Document type: Inventory
Year: 1295
Scribe: Pere Marc
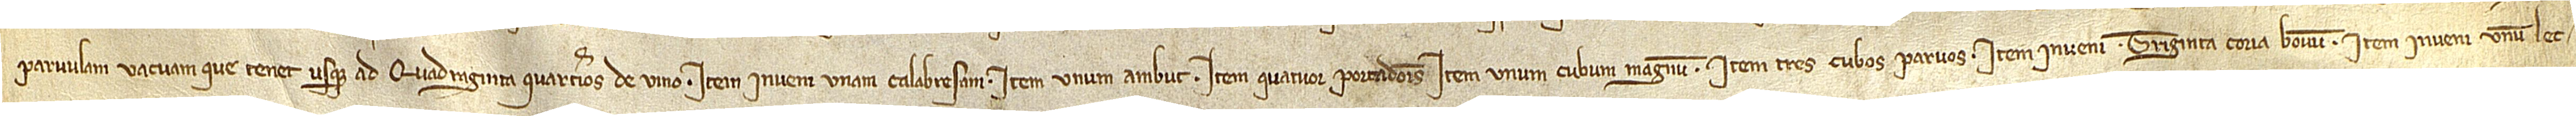
/ parvulam vacuam que tenet usque ad quadraginta quarterios de vino. Item, inveni unam calabresam; item, unum ambut; item, quatuor portadores; item, unum cubum magnum; item, tres cubos parvos. Item, inveni triginta coria bovum. Item, inveni unum lec-